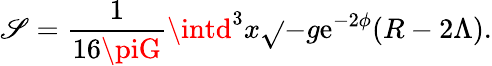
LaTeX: \mathscr{S}=\frac{{1}}{{16\piG}}\intd^{3}x\sqrt{}{{-g}}\mathrm{{{e}}}^{-2\phi}(R-2\Lambda).